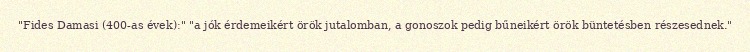
"Fides Damasi (400-as évek):" "a jók érdemeikért örök jutalomban, a gonoszok pedig bűneikért örök büntetésben részesednek."